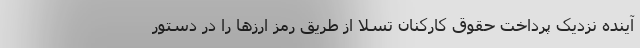
آینده نزدیک پرداخت حقوق کارکنان تسلا از طریق رمز ارزها را در دستور